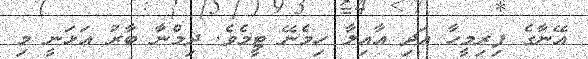
އޭނާގެ ފިރިމީހާ އަދި އާއިލާ ހިމެނޭ ޓީމެވެ. ދިމްނާ ބާރު އަޅަނީ މި